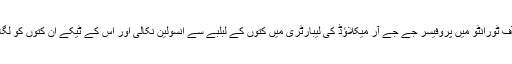
فریڈرک بینٹنگ اور ان کے اسسٹنٹ چارلس بیسٹ نے یونیورسٹی آف ٹورانٹو میں‌ پروفیسر جے جے آر میکلاؤڈ کی لیبارٹری میں کتوں‌ کے لبلبے سے انسولین نکالی اور اس کے ٹیکے ان کتوں‌ کو لگائے جن کے لبلبے نکال دئیے گئے تھے تو ان کی شوگر کم ہوگئی۔